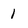
Character: 1